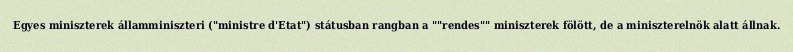
Egyes miniszterek államminiszteri ("ministre d'Etat") státusban rangban a ""rendes"" miniszterek fölött, de a miniszterelnök alatt állnak.